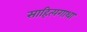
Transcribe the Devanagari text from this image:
साहित्यगाथा